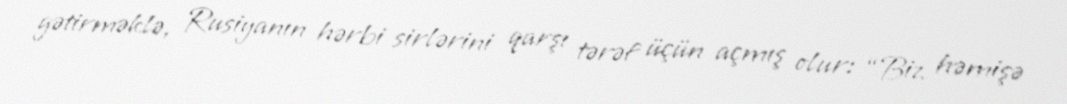
gətirməklə, Rusiyanın hərbi sirlərini qarşı tərəf üçün açmış olur: “Biz həmişə